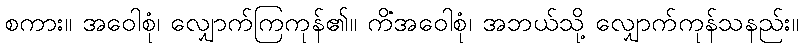
စကား။ အဝေါစုံ၊ လျှောက်ကြကုန်၏။ ကိံအဝေါစုံ၊ အဘယ်သို့ လျှောက်ကုန်သနည်း။